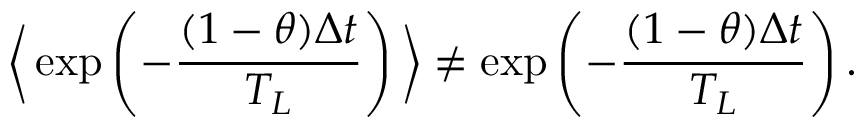
\bigg \langle \exp \left( - \frac { ( 1 - \theta ) \Delta t } { T _ { L } } \right) \bigg \rangle \neq \exp \left( - \frac { ( 1 - \theta ) \Delta t } { T _ { L } } \right) .